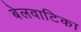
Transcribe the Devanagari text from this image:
बेलवाटिका